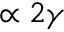
\propto 2 \gamma